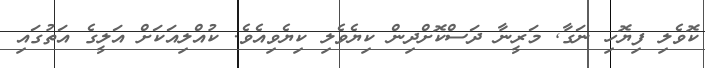
ކޮވެލި ފިޔޮހި ނަގާ